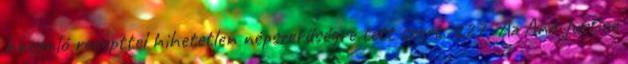
hasonló recepttel hihetetlen népszerűségre tett szert. 227 Az And Justice